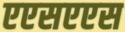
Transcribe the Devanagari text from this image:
एएसएएस